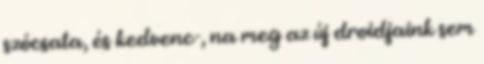
szócsata, és kedvenc-, na meg az új droidjaink sem